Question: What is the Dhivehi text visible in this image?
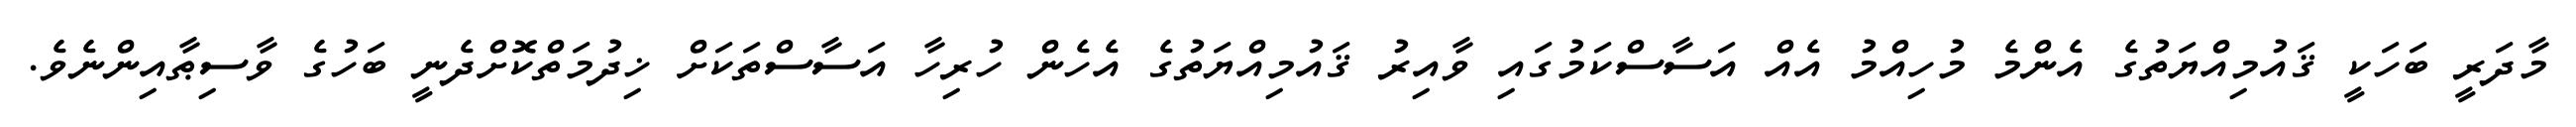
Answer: މާދަރީ ބަހަކީ ޤައުމިއްޔަތުގެ އެންމެ މުހިއްމު އެއް އަސާސްކަމުގައި ވާއިރު ޤައުމިއްޔަތުގެ އެހެން ހުރިހާ އަސާސްތަކަށް ޚިދުމަތްކޮށްދެނީ ބަހުގެ ވާސިޠާއިންނެވެ.